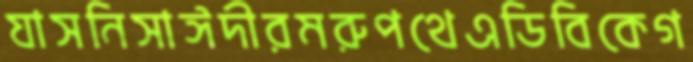
যাসনিসাঈদীরমরুপথেএডিবিকেগ